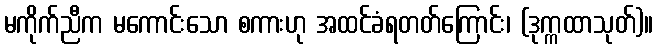
မကိုက်ညီက မကောင်းသော စကားဟု အထင်ခံရတတ်ကြောင်း၊ (ဒုက္ကထာသုတ်)။